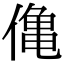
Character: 𫣒